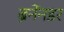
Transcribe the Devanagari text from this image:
ब्रेनेंनडर